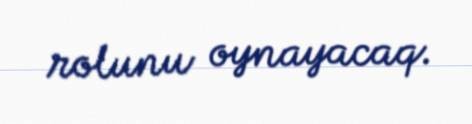
rolunu oynayacaq.